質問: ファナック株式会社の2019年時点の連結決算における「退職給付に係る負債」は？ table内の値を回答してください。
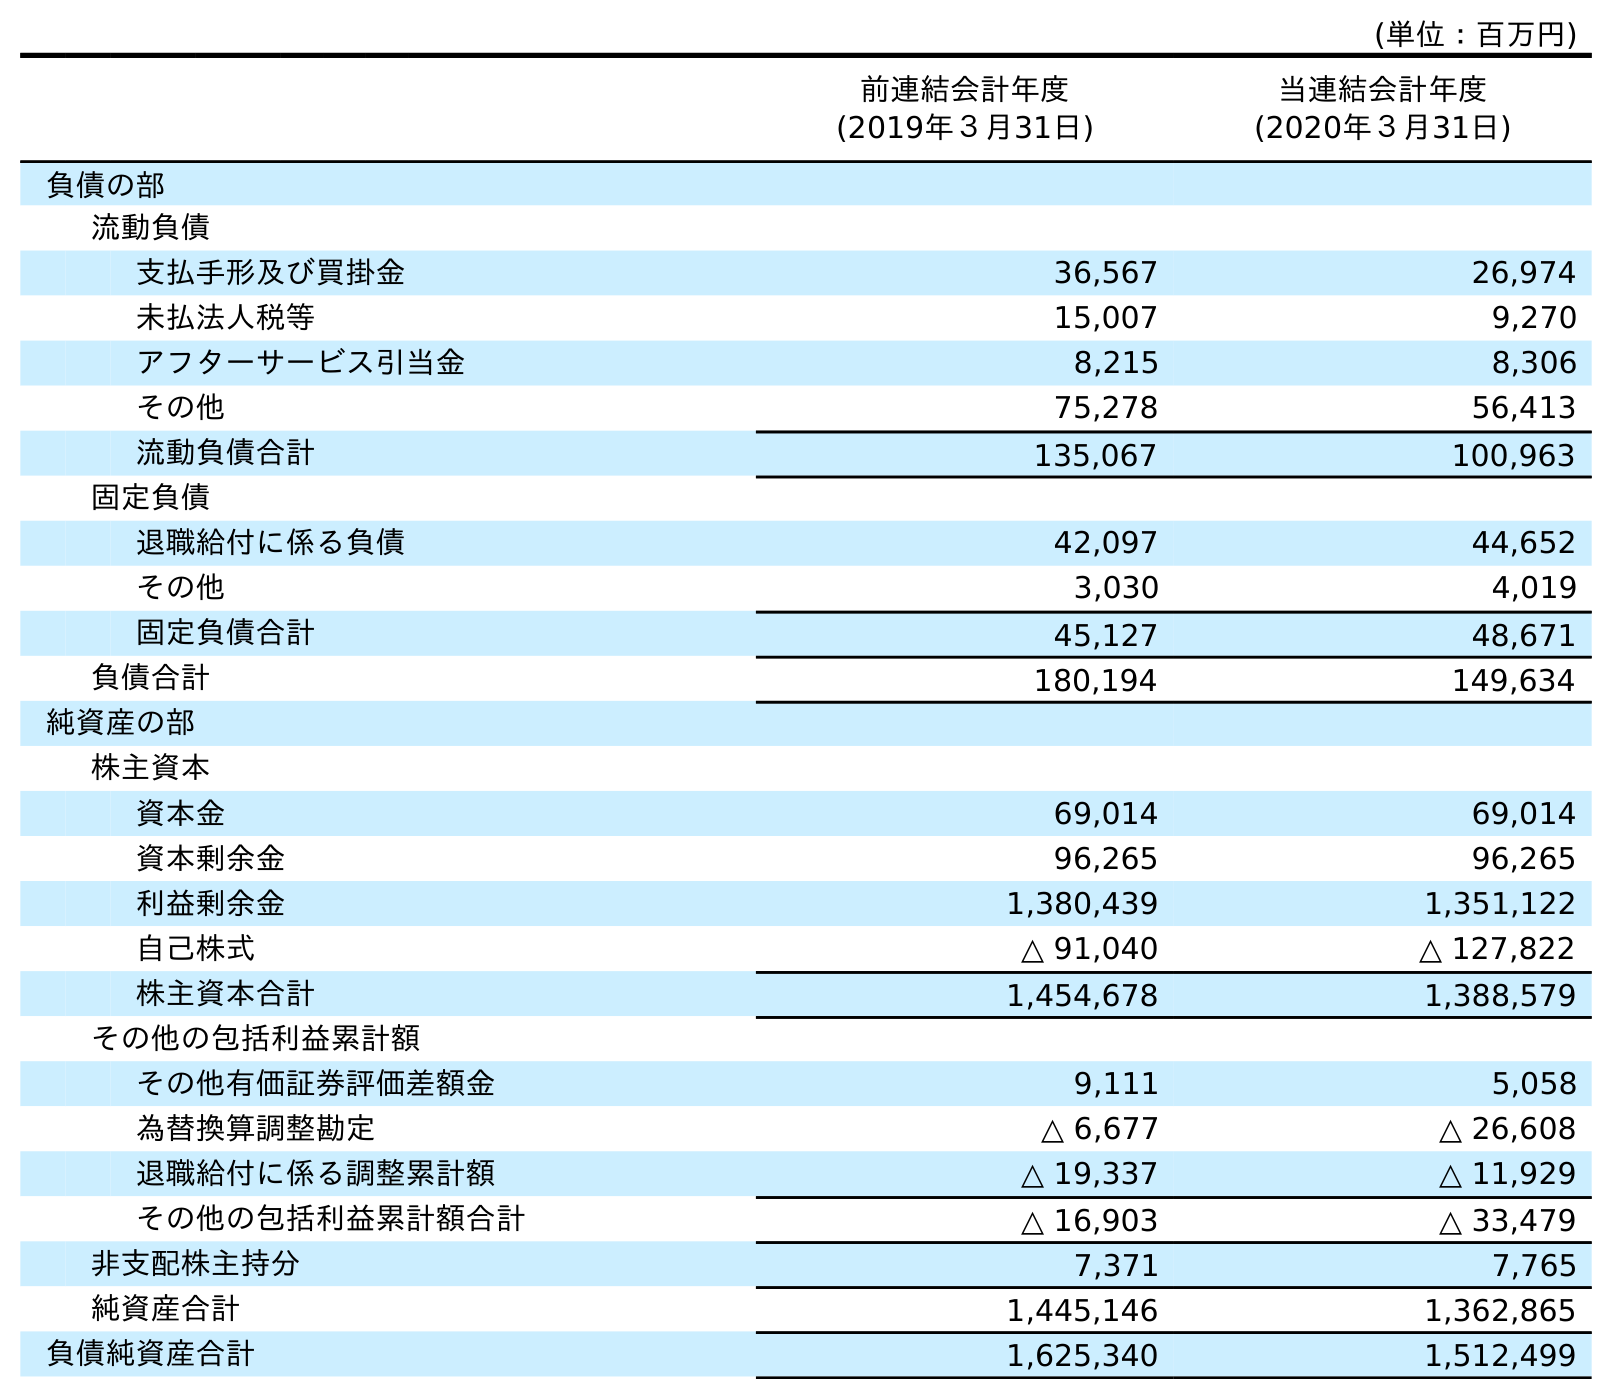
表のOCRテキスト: (単位：百万円) 前連結会計年度 (2019年３月31日) 当連結会計年度 (2020年３月31日) 負債の部 流動負債 支払手形及び買掛金 36,567 26,974 未払法人税等 15,007 9,270 アフターサービス引当金 8,215 8,306 その他 75,278 56,413 流動負債合計 135,067 100,963 固定負債 退職給付に係る負債 42,097 44,652 その他 3,030 4,019 固定負債合計 45,127 48,671 負債合計 180,194 149,634 純資産の部 株主資本 資本金 69,014 69,014 資本剰余金 96,265 96,265 利益剰余金 1,380,439 1,351,122 自己株式 △ 91,040 △ 127,822 株主資本合計 1,454,678 1,388,579 その他の包括利益累計額 その他有価証券評価差額金 9,111 5,058 為替換算調整勘定 △ 6,677 △ 26,608 退職給付に係る調整累計額 △ 19,337 △ 11,929 その他の包括利益累計額合計 △ 16,903 △ 33,479 非支配株主持分 7,371 7,765 純資産合計 1,445,146 1,362,865 負債純資産合計 1,625,340 1,512,499
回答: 42,097